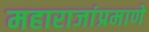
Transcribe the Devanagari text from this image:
महाराजांप्रमाणे